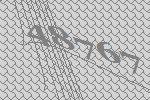
48767